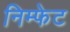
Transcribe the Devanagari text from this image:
निम्फेट